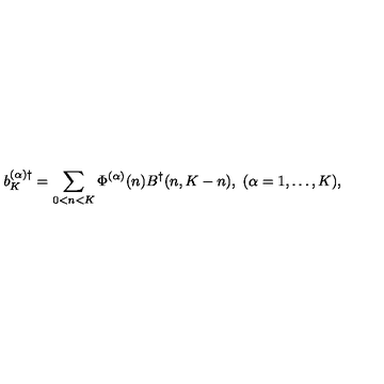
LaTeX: b _ { K } ^ { ( \alpha ) \dagger } = \sum _ { 0 < n < K } \Phi ^ { ( \alpha ) } ( n ) B ^ { \dagger } ( n , K - n ) , \ ( \alpha = 1 , \ldots , K ) ,